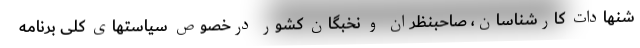
شنهادات کارشناسان، صاحبنظران و نخبگان کشور درخصوص سیاستهای کلی برنامه